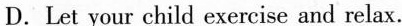
D.Let your child exercise and relax.